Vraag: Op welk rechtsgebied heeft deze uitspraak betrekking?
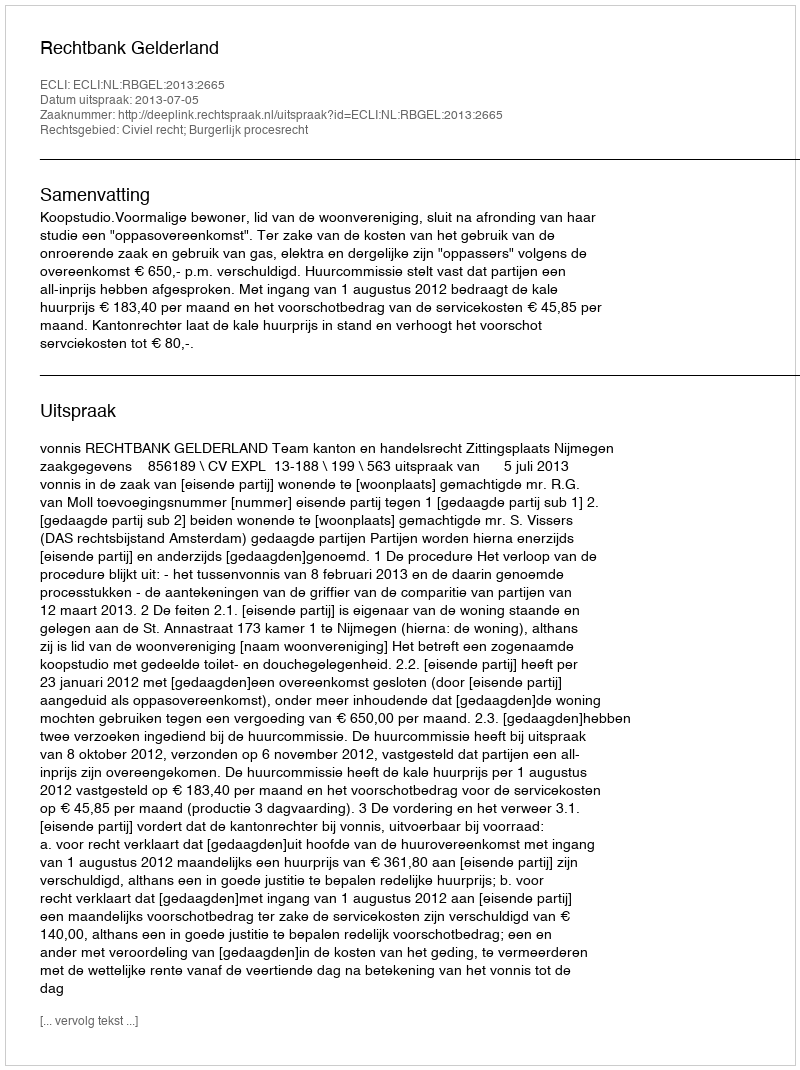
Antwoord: Civiel recht; Burgerlijk procesrecht